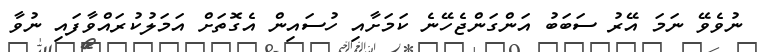
ނުވެވޭ ނަމަ އޭރު ސަބަބު އަންގަންޖެހޭނެ ކަމަށާއި ހުސައިން އެގޮތަށް އަމަލުކުރައްވާފައި ނުވާ